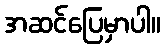
အဆင်ပြေမှာပါ။